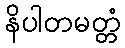
နိပါတမတ္တံ